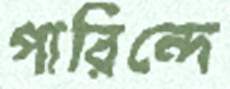
পারিন্দে